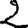
Digit: 2